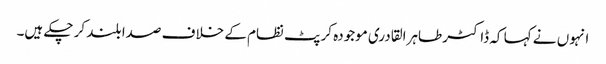
انہوں نے کہا کہ ڈاکٹر طاہرالقادری موجودہ کرپٹ نظام کے خلاف صدا بلند کر چکے ہیں۔